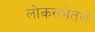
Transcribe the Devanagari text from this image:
लोकसभेतले